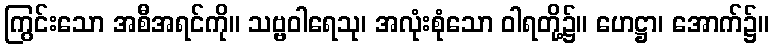
ကြွင်းသော အစီအရင်ကို။ သဗ္ဗဝါရေသု၊ အလုံးစုံသော ဝါရတို့၌။ ဟေဋ္ဌာ၊ အောက်၌။